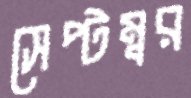
সেপ্টম্বর